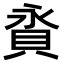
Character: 𧵕